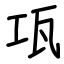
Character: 瓨